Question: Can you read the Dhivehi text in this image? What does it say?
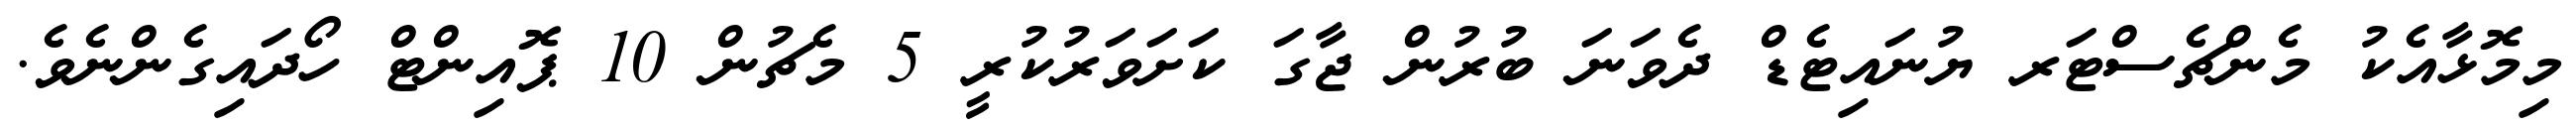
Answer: މިމޮޅާއެކު މެންޗެސްޓަރ ޔުނައިޓެޑް ދެވަނަ ބުރުން ޖާގަ ކަށަވަރުކުރީ 5 މެޗުން 10 ޕޮއިންޓް ހޯދައިގެންނެވެ.